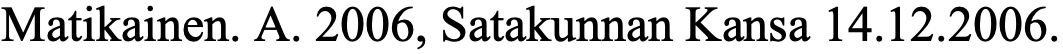
Matikainen. A. 2006, Satakunnan Kansa 14.12.2006.